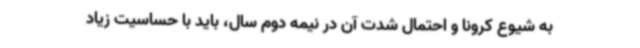
به شیوع کرونا و احتمال شدت آن در نیمه دوم سال، باید با حساسیت زیاد